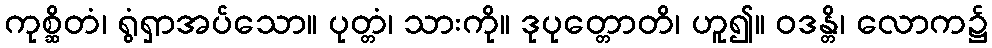
ကုစ္ဆိတံ၊ ရွံရှာအပ်သော။ ပုတ္တံ၊ သားကို။ ဒုပုတ္တောတိ၊ ဟူ၍။ ဝဒန္တိ၊ လောက၌